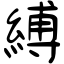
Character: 縛